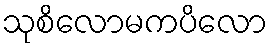
သုစိလောမကပိလော